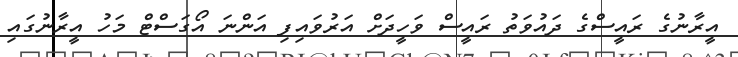
އީރާނުގެ ރައީސްގެ ދައުވަތު ރައީސް ވަހީދަށް އަރުވައިފި އަންނަ އޯގަސްޓް މަހު އީރާނުގައި